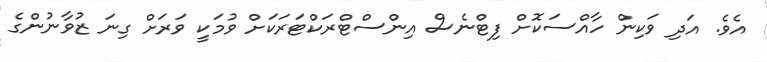
އެވެ. އަދި ވަކިން ހާއްސަކޮށް ފިޓްނެސް އިންސްޓްރަކްޓަރަކަށް ވުމަކީ ވަރަށް ގިނަ ޒުވާނުންގެ